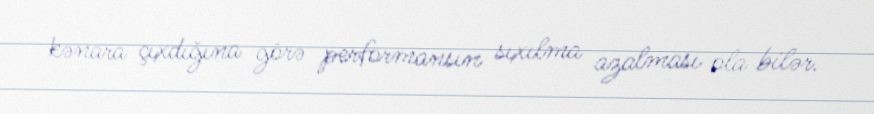
kənara çıxdığına görə performansın sıxılma azalması ola bilər.